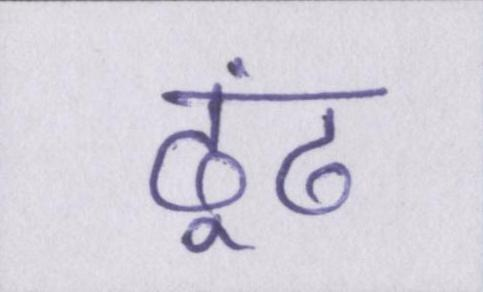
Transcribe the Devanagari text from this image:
ढूंढ